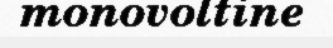
monovoltine